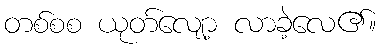
တစ်စစ ယုတ်လျော့ လာခဲ့လေ၏။